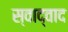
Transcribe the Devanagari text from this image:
स्वाद्वाद